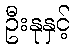
ဦးနုနှင့်